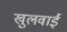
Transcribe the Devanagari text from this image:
खुलवाई